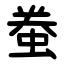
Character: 䖭